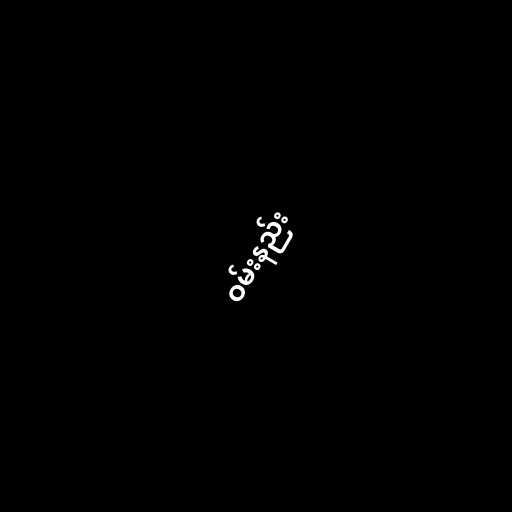
ဝမ်းနည်း